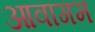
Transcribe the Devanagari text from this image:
आवागम